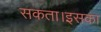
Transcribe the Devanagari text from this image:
सकता।इसका